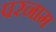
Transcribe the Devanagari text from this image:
परनाम